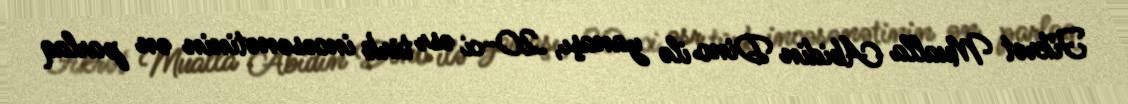
Fikrət Mualla Abidin Dino ilə yanaşı, 20-ci əsr türk incəsənətinin ən parlaq